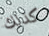
كذلك